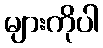
များကိုပါ